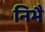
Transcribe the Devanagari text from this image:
निभै